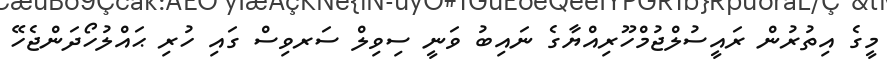
މީގެ އިތުރުން ރައީސުލްޖުމްހޫރިއްޔާގެ ނައިބު ވަނީ ސިވިލް ސަރވިސް ގައި ހުރި ޙައްލުހޯދަންޖެހޭ